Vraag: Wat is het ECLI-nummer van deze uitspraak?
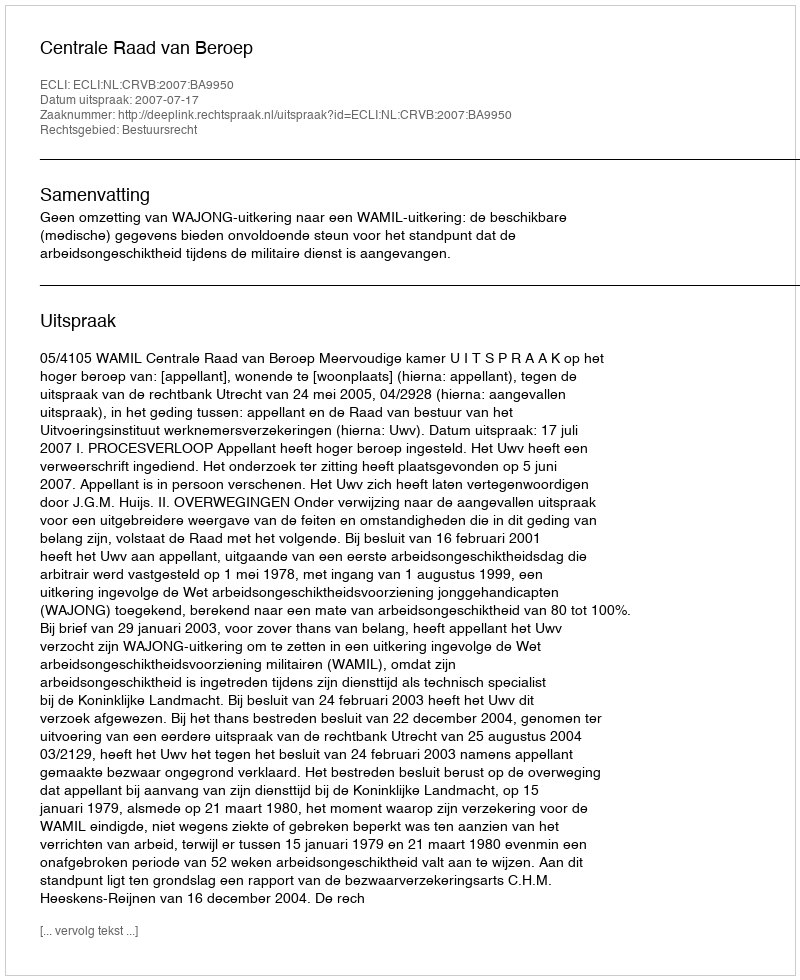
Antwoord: ECLI:NL:CRVB:2007:BA9950